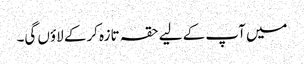
میں آپ کے لیے حقہ تازہ کرکے لاؤں گی۔